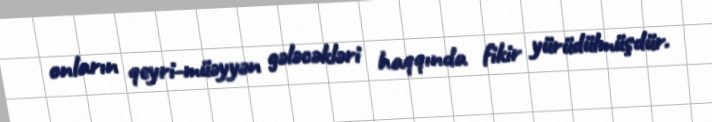
onların qeyri-müəyyən gələcəkləri haqqında fikir yürüdülmüşdür.